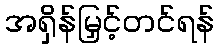
အရှိန်မြှင့်တင်ရန်